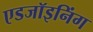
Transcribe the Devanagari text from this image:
एडजॉइनिंग